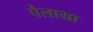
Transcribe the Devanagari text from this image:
पैलाग्रा